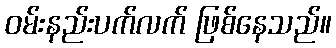
ဝမ်းနည်းပက်လက် ဖြစ်နေသည်။